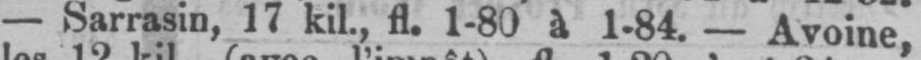
- Sarrasin, 17 kil., fl. 1-80 à 1-84. - Avoine,